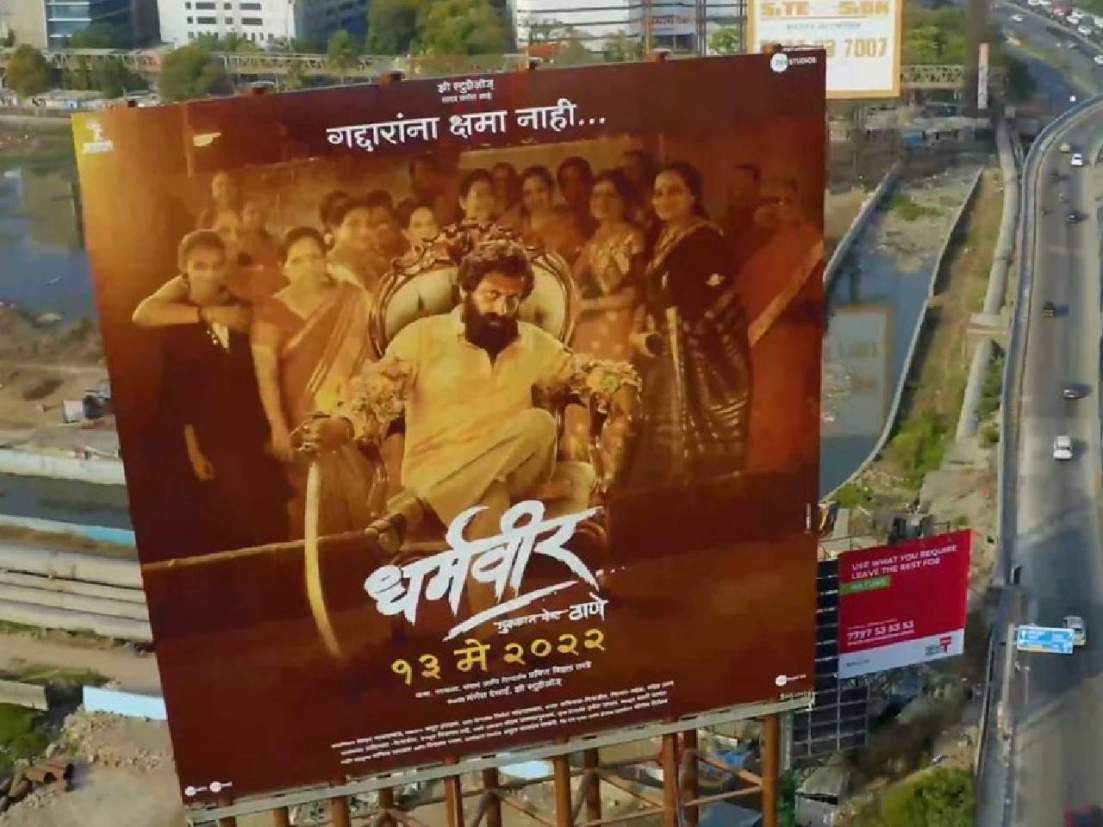
Language: marathi
Transcription: गद्यारांना नाही... धर्मवीर ठाणे क्षमा